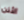
الأذن